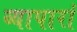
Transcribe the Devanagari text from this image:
व्यापारां